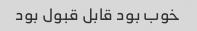
خوب بود قابل قبول بود